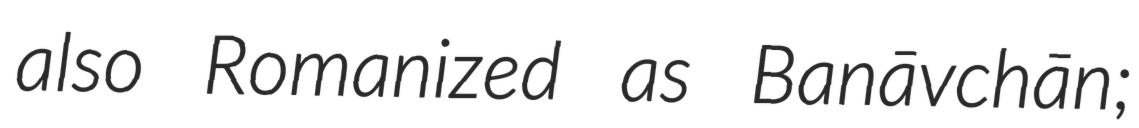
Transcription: also Romanized as Banāvchān;